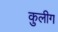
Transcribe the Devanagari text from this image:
कुलीग